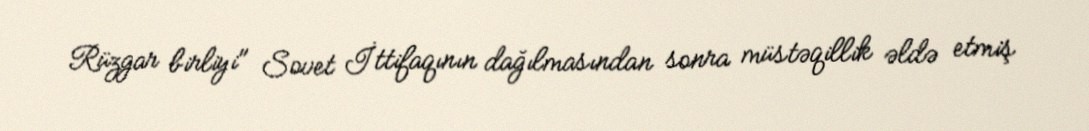
Rüzgar birliyi" Sovet İttifaqının dağılmasından sonra müstəqillik əldə etmiş